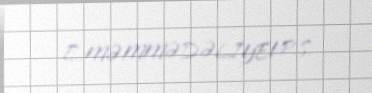
E.MƏMMƏDƏLİYEVP.S.